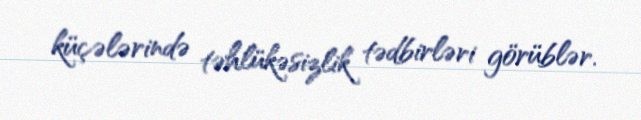
küçələrində təhlükəsizlik tədbirləri görüblər.